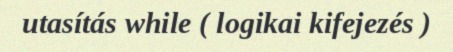
utasítás while ( logikai kifejezés )